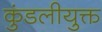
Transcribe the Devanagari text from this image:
कुंडलीयुक्त